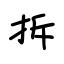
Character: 拆